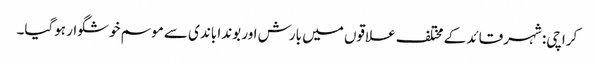
کراچی: شہرقائد کے مختلف علاقوں میں بارش اور بوندا باندی سے موسم خوشگوار ہوگیا۔